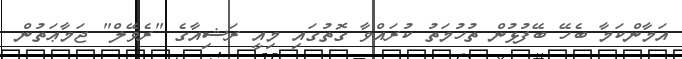
އަމާންކަމާ ބެހޭ ބޭފުޅުން ތުހުމަތު ކުރައްވާ ގޮތުގައި މިއީ ރަޝިއާގެ "ރެވޭލް" ޖަމާޢަތުން